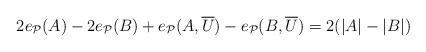
LaTeX: \begin{align*} 2e_{\mathcal{P}}(A) - 2e_{\mathcal{P}}(B) + e_{\mathcal{P}}(A,\overline{U}) - e_{\mathcal{P}}(B,\overline{U}) = 2(|A|-|B|)\end{align*}